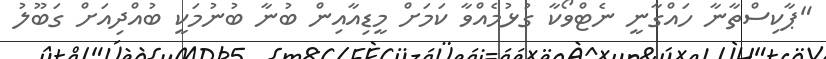
"ޕާކިސްތާނާ ހައްގާނީ ނެޓްވޯކާ ގުޅުމެއްވާ ކަމަށް މީޑިއާއިން ބުނާ ބުނުމަކީ ބުއްދިއަށް ގަބޫލު